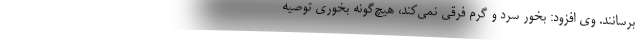
برسانند. وی افزود: بخور سرد و گرم فرقی نمی‌کند، هیچ‌گونه بخوری توصیه